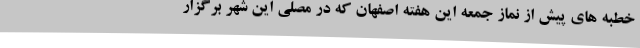
خطبه های پیش از نماز جمعه این هفته اصفهان که در مصلی این شهر برگزار